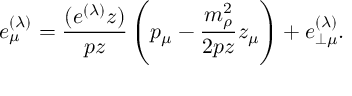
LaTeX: e _ { \mu } ^ { ( \lambda ) } = \frac { ( e ^ { ( \lambda ) } z ) } { p z } \left( p _ { \mu } - \frac { m _ { \rho } ^ { 2 } } { 2 p z } z _ { \mu } \right) + e _ { \perp \mu } ^ { ( \lambda ) } .